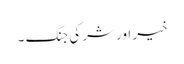
خیر اور شر کی جنگ ۔